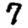
Digit: 7